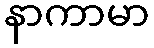
နာကာမာ